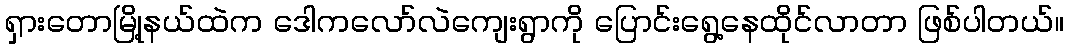
ရှားတောမြို့နယ်ထဲက ဒေါကလော်လဲကျေးရွာကို ပြောင်းရွေ့နေထိုင်လာတာ ဖြစ်ပါတယ်။